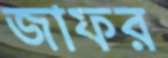
জাফর